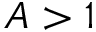
A > 1